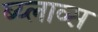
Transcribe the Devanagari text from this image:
ब्य्लाव्स